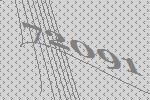
72091